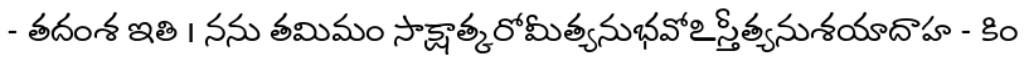
- తదంశ ఇతి । నను తమిమం సాక్షాత్కరోమీత్యనుభవోఽస్తీత్యనుశయాదాహ - కిం